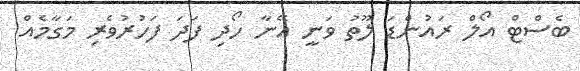
ބެސްޓް އޯލް ރައުންޑަ ލޫތު ވަނީ އޭނާ ހޯދި ފަދަ ފަހުރުވެރި މަގާމެއް